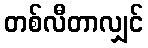
တစ်လီတာလျှင်